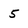
Character: 5